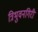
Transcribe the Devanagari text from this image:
त्रिभुवनगिरी